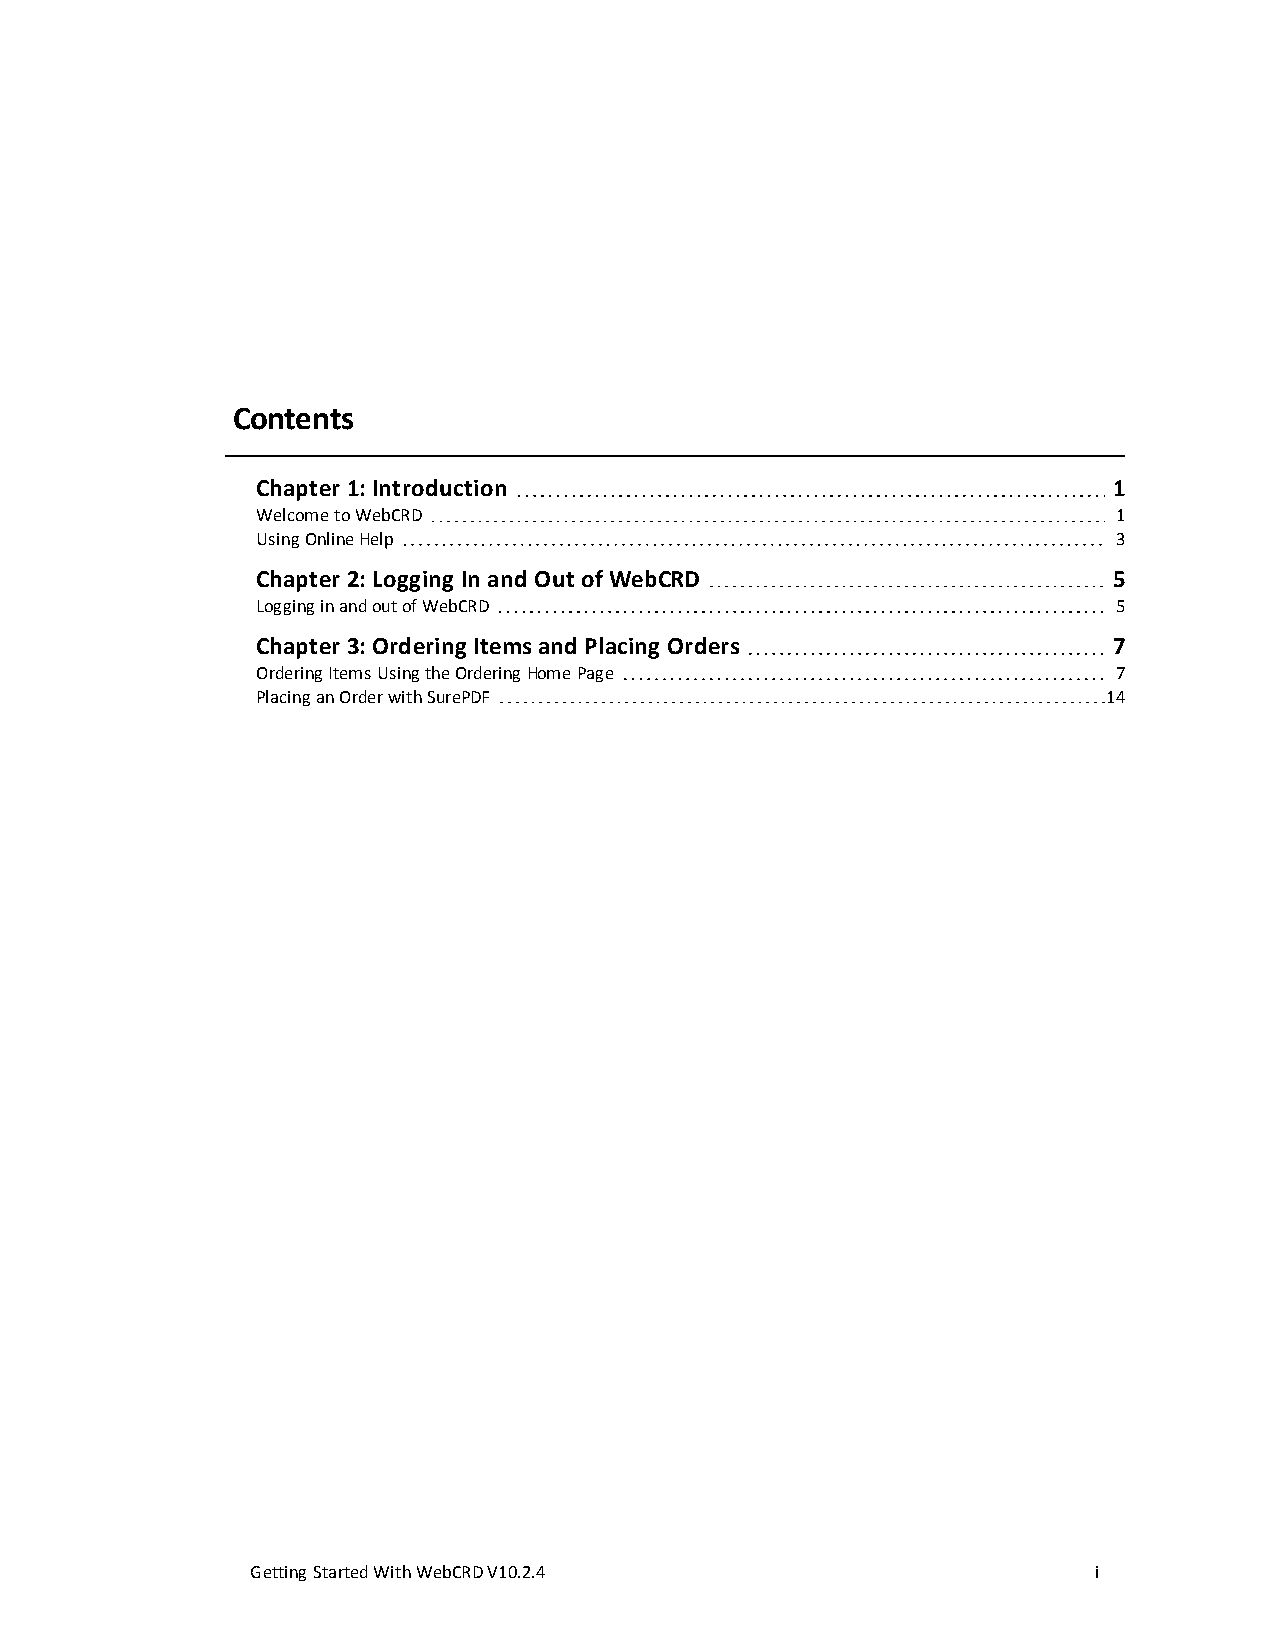
Contents
 Chapter 1: Introduction                                  1
 Welcome to WebCRD                                        1
 Using Online Help                                        3
 Chapter 2: Logging In and Out of WebCRD                  5
 Logging in and out of WebCRD                             5
 Chapter 3: Ordering Items and Placing Orders             7
 Ordering Items Using the Ordering Home Page              7
 Placing an Order with SurePDF                           14
 GettingStartedWithWebCRDV10.2.4                         i